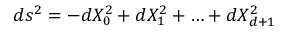
d s ^ { 2 } = - d X _ { 0 } ^ { 2 } + d X _ { 1 } ^ { 2 } + \ldots + d X _ { d + 1 } ^ { 2 }